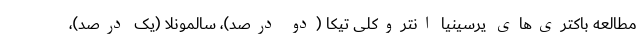
مطالعه باکتری‌های یرسینیا انتروکلی تیکا (دو درصد)، سالمونلا (یک درصد)،